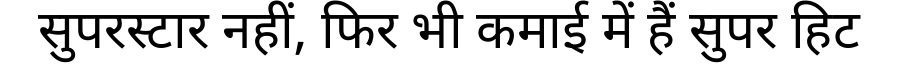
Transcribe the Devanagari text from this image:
सुपरस्टार नहीं, फिर भी कमाई में हैं सुपर हिट